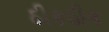
ઠીકઠીક